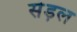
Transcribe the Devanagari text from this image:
सेड़ल